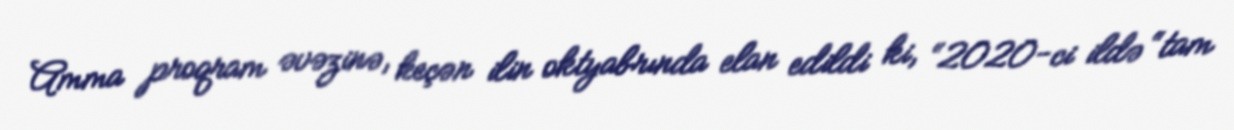
Amma proqram əvəzinə, keçən ilin oktyabrında elan edildi ki, “2020-ci ildə “tam